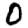
Digit: 0